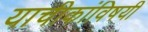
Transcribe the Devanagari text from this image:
याचीकांविषयी